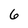
Character: 6